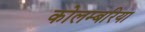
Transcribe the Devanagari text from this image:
कोलम्बरिया